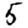
Digit: 5